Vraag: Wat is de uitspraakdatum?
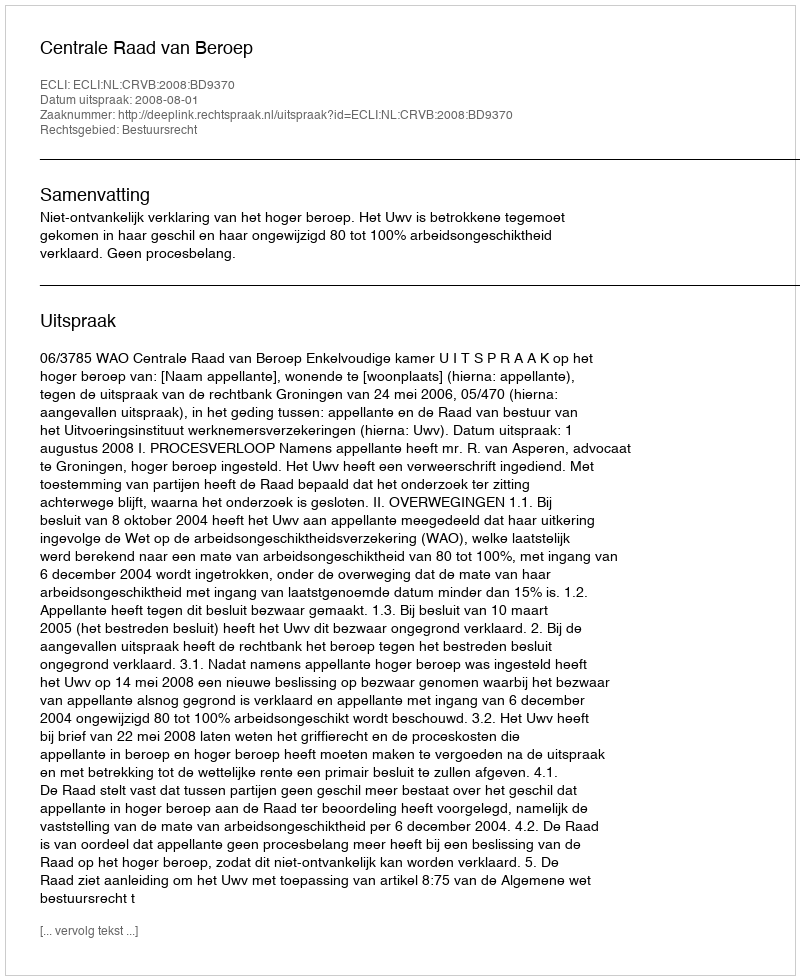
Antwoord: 2008-08-01